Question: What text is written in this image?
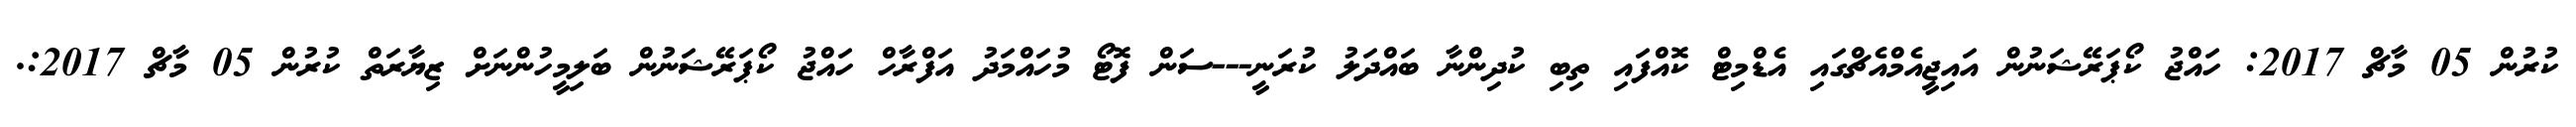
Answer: ކުރުން 05 މާޗް 2017: ހައްޖު ކޯޕަރޭޝަނުން އައިޖީއެމްއެޗްގައި އެޑްމިޓް ކޮއްފައި ތިބި ކުދިންނާ ބައްދަލު ކުރަނީ---ސަން ފޮޓޯ މުހައްމަދު އަފްރާހް ހައްޖު ކޯޕަރޭޝަނުން ބަލިމީހުންނަށް ޒިޔާރަތް ކުރުން 05 މާޗް 2017:.